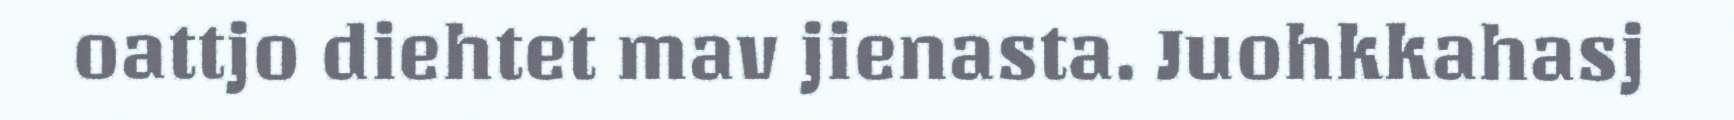
oattjo diehtet mav jienasta. Juohkkahasj